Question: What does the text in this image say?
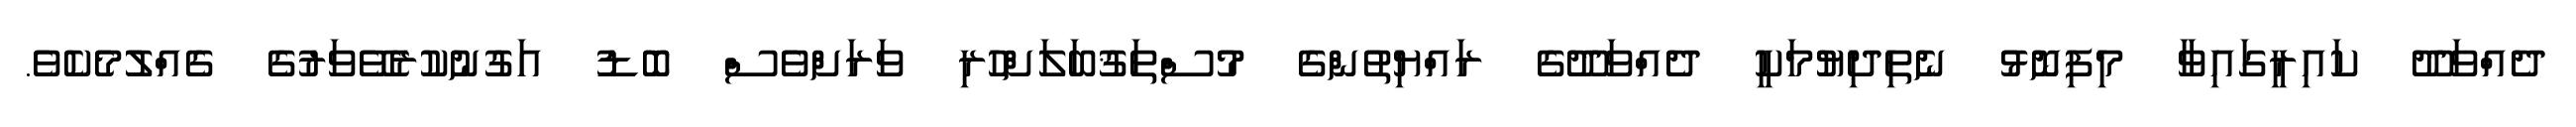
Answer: ދެއްވަދޫ ކައިރީގައިވާ މިފިނޮޅު ނެތިދިޔުމަކީ ދެއްވަދޫގެ ރައްޔިތުންގެ މުސްތަޤުބަލަށްހުރި ވަރަށްވެސް ބޮޑު އަގުނުކުރެވޭވަރުގެ ގެއްލުމެކެވެ.